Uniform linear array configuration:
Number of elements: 8
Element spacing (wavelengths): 0.25
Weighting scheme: hann
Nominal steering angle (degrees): -30
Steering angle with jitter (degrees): -29.399
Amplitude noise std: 0.05
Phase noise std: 0.05

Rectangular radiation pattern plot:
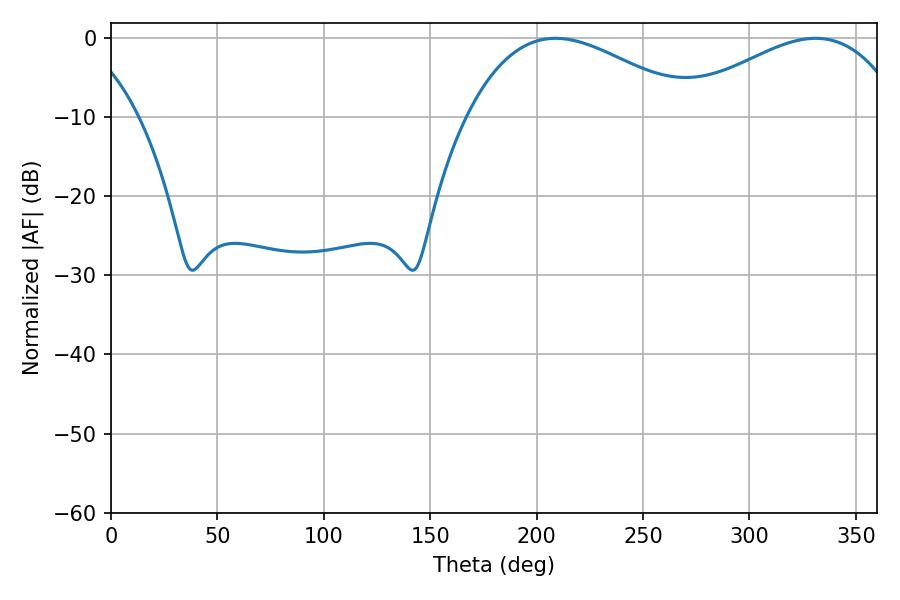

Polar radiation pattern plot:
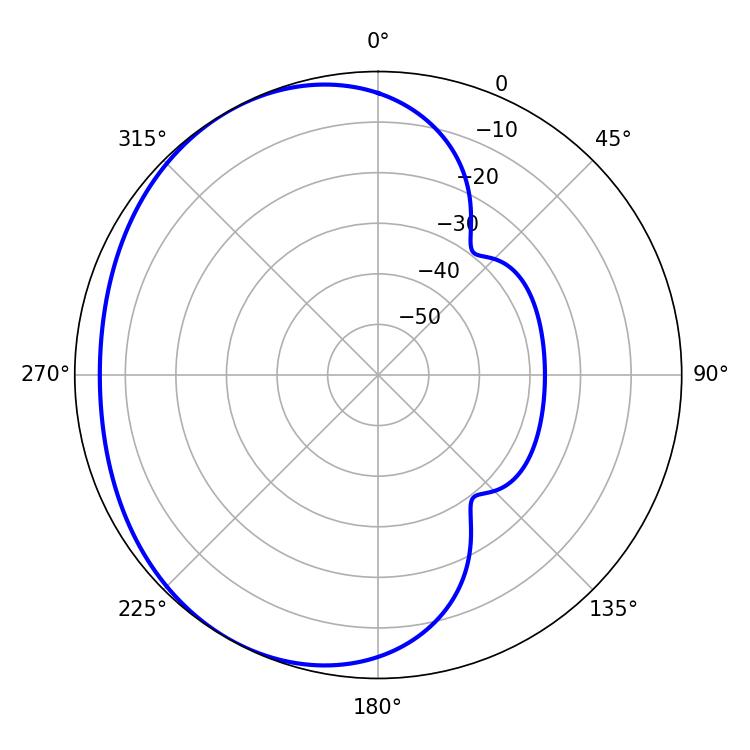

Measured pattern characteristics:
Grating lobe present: FALSE
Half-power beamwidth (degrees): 58.68
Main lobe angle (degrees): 208.98